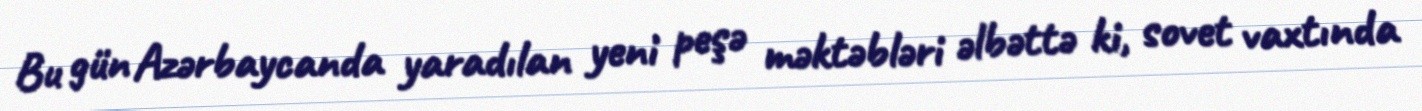
Bu gün Azərbaycanda yaradılan yeni peşə məktəbləri əlbəttə ki, sovet vaxtında